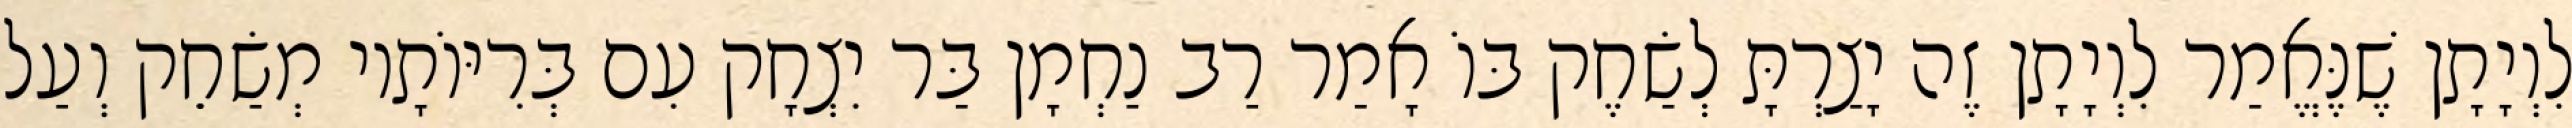
לִוְיָתָן שֶׁנֶּאֱמַר לִוְיָתָן זֶה יָצַרְתָּ לְשַׂחֶק בּוֹ אָמַר רַב נַחְמָן בַּר יִצְחָק עִם בְּרִיּוֹתָיו מְשַׂחֵק וְעַל